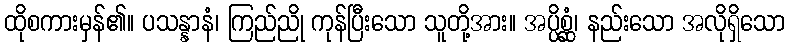
ထိုစကားမှန်၏။ ပသန္နာနံ၊ ကြည်ညို ကုန်ပြီးသော သူတို့အား။ အပ္ပိစ္ဆံ၊ နည်းသော အလိုရှိသော